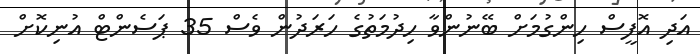
އަދި އޮފީސް ހިންގުމަށް ބޭނުންވާ ހިދުމަތުގެ ހަރަދުން ވެސް 35 ޕަސެންޓް އުނިކޮށް